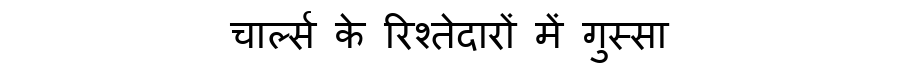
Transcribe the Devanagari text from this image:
चार्ल्स के रिश्तेदारों में गुस्सा